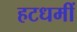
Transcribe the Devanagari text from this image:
हटधमीं